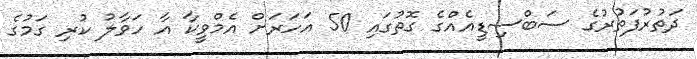
ދަތުރުފަތުރުގެ ސަބްސިޑީއެއްގެ ގޮތުގައި 50 އަހަރަށް އެމްވީކާ އާ ހަވާލު ކުރި ގަމުގެ